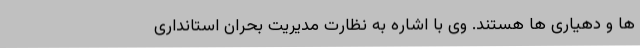
ها و دهیاری ها هستند. وی با اشاره به نظارت مدیریت بحران استانداری